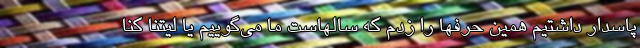
پاسدار داشتیم همین حرفها را زدم که سالهاست ما می‌گوییم یا لیتنا کنا